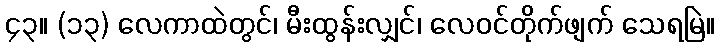
၄၃။ (၁၃) လေကာထဲတွင်၊ မီးထွန်းလျှင်၊ လေဝင်တိုက်ဖျက် သေရမြဲ။